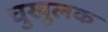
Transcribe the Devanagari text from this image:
चुखुलक